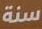
سنة